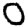
Digit: 0